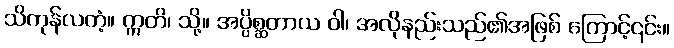
သိကုန်လတံ့။ ဣတိ၊ သို့။ အပ္ပိစ္ဆတာယ ဝါ၊ အလိုနည်းသည်၏အဖြစ် ကြောင့်၎င်း။